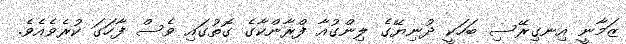
ޒަމާނީ އިނގިރޭސި ބަހަކީ ދުނިޔޭގެ ލިންގުއާ ފްރާންކާގެ ގޮތުގައި ވެސް ފާހަގަ ކުރެވެއެވެ.